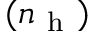
( n _ { \mathrm { ~ h ~ } } )